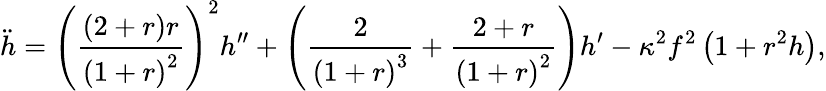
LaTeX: \ddot{h}=\left(\frac{\left(2+r\right)r}{\left(1+r\right)^{2}}\right)^{2}h^{\prime\prime}+\left(\frac{2}{\left(1+r\right)^{3}}+\frac{2+r}{\left(1+r\right)^{2}}\right)h^{\prime}-\kappa^{2}f^{2}\left(1+r^{2}h\right),